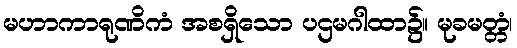
မဟာကာရုဏိကံ အစရှိသော ပဌမဂါထာ၌။ မုခမတ္တံ၊